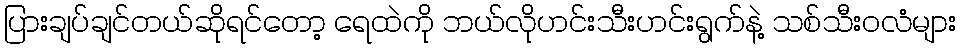
ပြားချပ်ချင်တယ်ဆိုရင်တော့ ရေထဲကို ဘယ်လိုဟင်းသီးဟင်းရွက်နဲ့ သစ်သီးဝလံများ